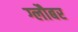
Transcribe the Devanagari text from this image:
ग्लौबर